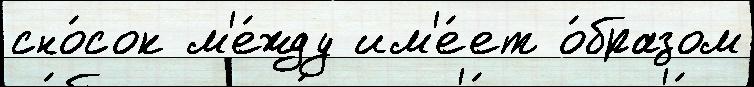
сно́сок м'е́жду им'е́ет о́бразом